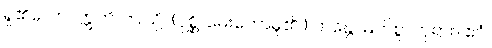
ရှု၏လော။ ဣတိ၊ ဤသို့။ (ပုစ္ဆိ၊ မေးတော်မူ၏။) ဘန္တေ၊ မြတ်စွာဘုရား။ ဧဝံ၊